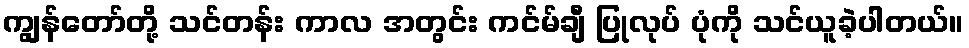
ကျွန်တော်တို့ သင်တန်း ကာလ အတွင်း ကင်မ်ချီ ပြုလုပ် ပုံကို သင်ယူခဲ့ပါတယ်။